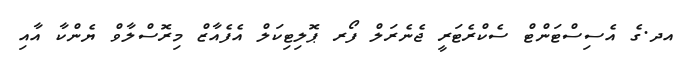
އދ.ގެ އެސިސްޓަންޓް ސެކްރެޓަރީ ޖެނެރަލް ފޯރ ޕޮލިޓިކަލް އެފެއާޒް މިރޮސްލާވް ޔެންކާ އާއި